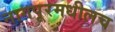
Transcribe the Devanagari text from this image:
नागपूरमधीलच